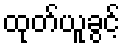
ထုတ်ယူခွင့်